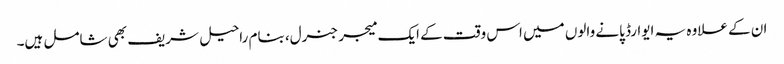
ان کے علاوہ یہ ایوارڈ پانے والوں میں اس وقت کے ایک میجر جنرل، بنام راحیل شریف بھی شامل ہیں۔